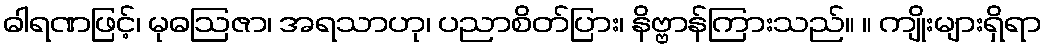
ဓါရဏဖြင့်၊ မုဓဩဇာ၊ အရသာဟု၊ ပညာစိတ်ပြား၊ နိဗ္ဗာန်ကြားသည်။ ။ ကျိုးများရှိရာ